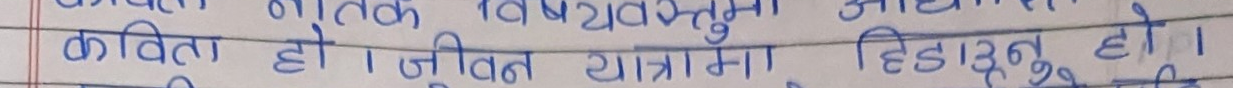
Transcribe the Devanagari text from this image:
काव्य को सामाजिक विषयवस्तुमा आधारभुत तत्व
कविता हो । जीवन यात्रामा हिँडाउनु हो ।